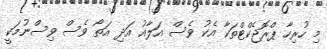
މި ހުރިހާ ޕްރޮޖެކްޓްތަކާ އެކު ވެސް އަލާއު އަދި އަތޯ ވެސް ވިސްނުމަކީ